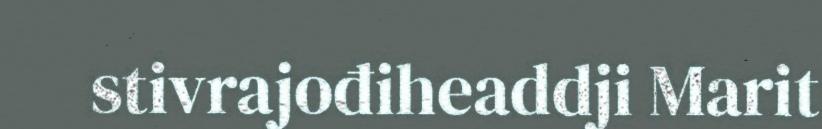
stivrajođiheaddji Marit